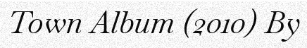
Town Album (2010) By